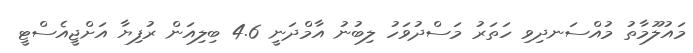
މައުލޫމާތު މުއްސަނދިވި ހަތަރު މަސްދުވަހު ލިބުނު އާމްދަނީ 4.6 ބިލިއަން ރުފިޔާ އަށްޖީއެސްޓީ